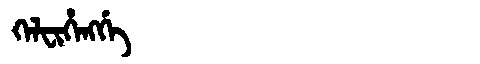
Manchu: ᡴᡝᠯᠸᡳᡥᡝᠩᡤᡝ
Romanization: KELFIHENGGE